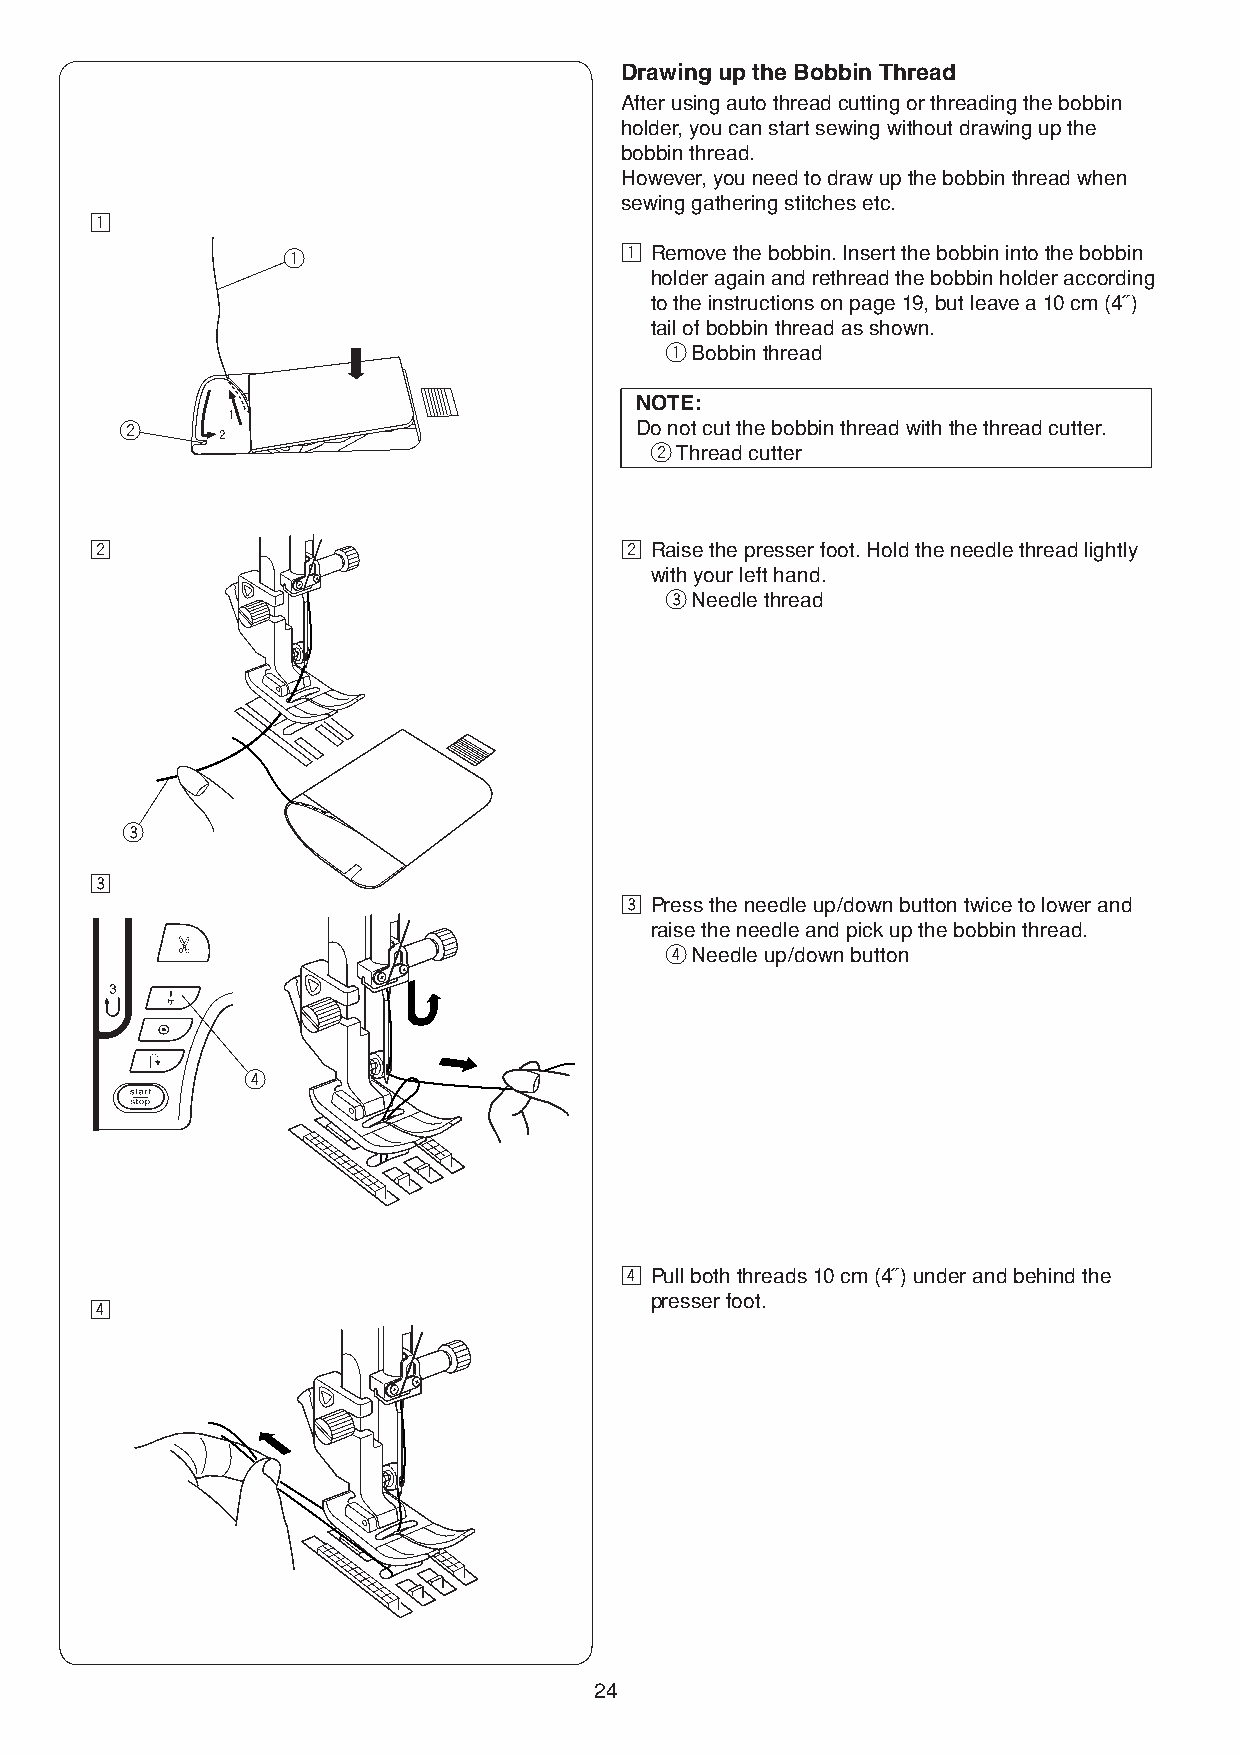
Drawing up the Bobbin Thread
 After using auto thread cutting or threading the bobbin
 holder, you can start sewing without drawing up the
 bobbin thread.
 However, you need to draw up the bobbin thread when
 sewing gathering stitches etc.
 z
 q                     z Remove the bobbin. Insert the bobbin into the bobbin
 holder again and rethread the bobbin holder according
 to the instructions on page 19, but leave a 10 cm (4˝)
 tail of bobbin thread as shown.
 q Bobbin thread
 NOTE:
 w                                 Do not cut the bobbin thread with the thread cutter.
 w Thread cutter
 x                                  x Raise the presser foot. Hold the needle thread lightly
 with your left hand.
 e Needle thread
 e
 c
 c Press the needle up/down button twice to lower and
 raise the needle and pick up the bobbin thread.
 r Needle up/down button
 r
 v Pull both threads 10 cm (4˝) under and behind the
 presser foot.
 v
 24